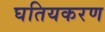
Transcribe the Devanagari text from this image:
घतियकरण